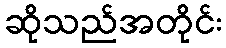
ဆိုသည်အတိုင်း